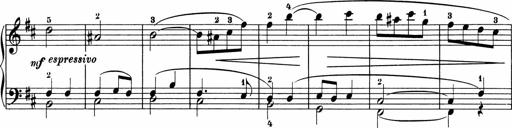
Title: 5 Sonatinen fÃ¼r die Jugend
Composer: Carl Reinecke